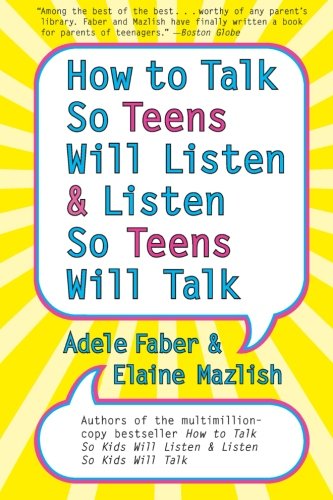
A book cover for How to Talk So Teens Will Listen and Listen So Teens Will Talk; Adele Faber; Parenting & Relationships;